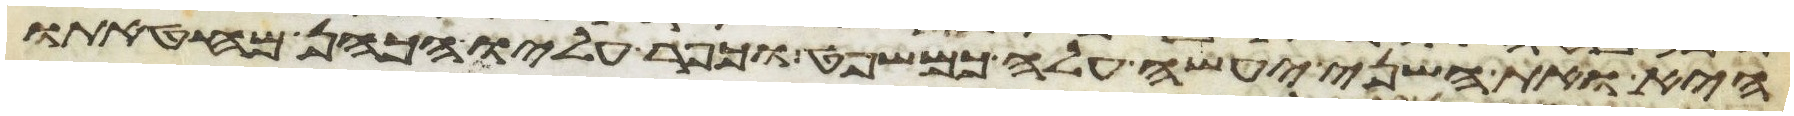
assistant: היא ואת השני יעשה עלה כמשפט וכפר עליו הכהן מחטאתו